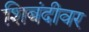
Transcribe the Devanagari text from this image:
शिबंदीवर